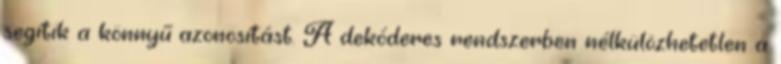
segítik a könnyű azonosítást. A dekóderes rendszerben nélkülözhetetlen a